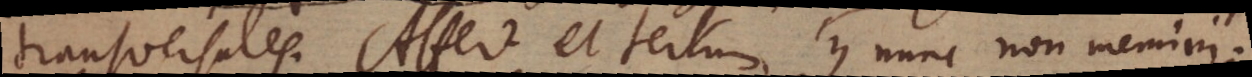
transversale. Affert et tertium cujus nunc non memini.